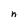
Character: n